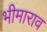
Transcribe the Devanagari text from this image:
भीमाराव